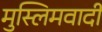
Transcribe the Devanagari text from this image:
मुस्लिमवादी